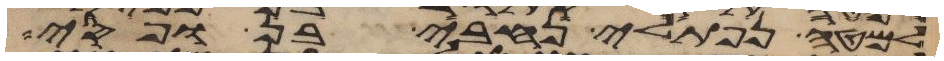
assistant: למטה נפתלי נחבי בן ופסי